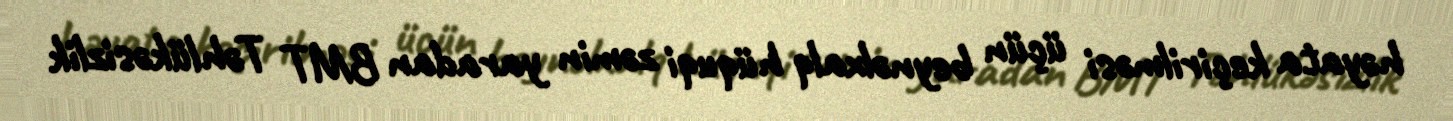
həyata keçirilməsi üçün beynəlxalq hüquqi zəmin yaradan BMT Təhlükəsizlik